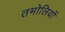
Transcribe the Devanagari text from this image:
तमोलियों